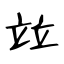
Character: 竝